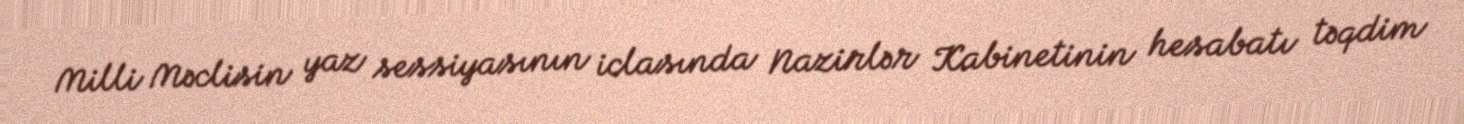
Milli Məclisin yaz sessiyasının iclasında Nazirlər Kabinetinin hesabatı təqdim